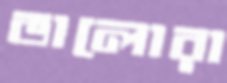
ভালোরা